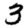
Digit: 3